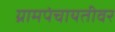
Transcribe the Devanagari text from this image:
ग्रामपंचायतीवर